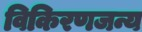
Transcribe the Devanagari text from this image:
विकिरणजन्य